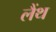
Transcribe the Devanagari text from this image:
लैंथ